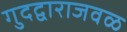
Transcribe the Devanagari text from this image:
गुदद्वाराजवळ